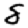
Digit: 8